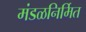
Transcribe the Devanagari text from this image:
मंडळनिर्मित